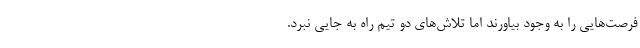
فرصت‌هایی را به وجود بیاورند اما تلاش‌های دو تیم راه به جایی نبرد.